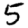
Digit: 5